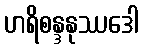
ဟရိစန္ဒနုဿဒေါ